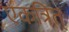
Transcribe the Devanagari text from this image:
एकत्रित्